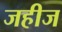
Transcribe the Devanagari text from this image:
जहीज